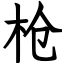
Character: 枪